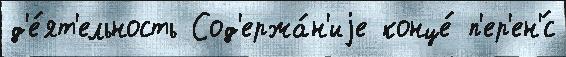
д'е́ят'ельность Сод'ержа́н'иjе конце́ п'ер'ен'́с